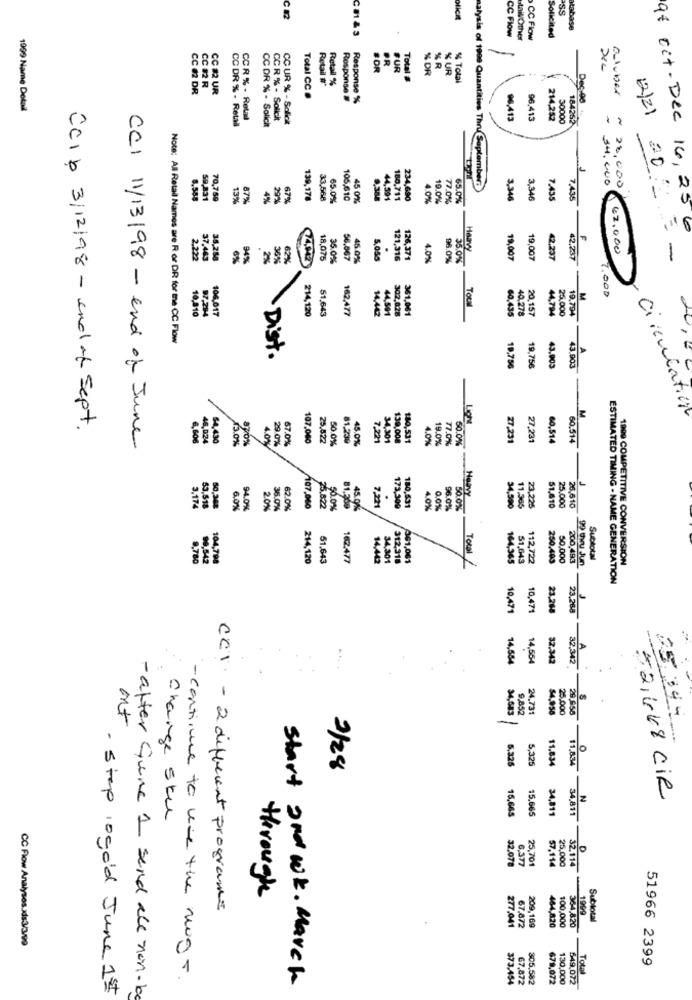
SS
:01 & 3
CC Flow
Solicite
atabase
taill Other
CC Flow
#OR
PR
FUR
% DR
SR
% UR
Total #
% Total
CC 82 DR
CC 12 R
CC #2 UR
Retail #
Retail %
Total CC .
Response #
Response %
ouluber
1999 Name Detail
CC DR % - Retail
CCR % - Retal
CC R % - Solicit
CC UR % - Solicit
96,413
96,413
214,282
30000
184262
12/21
CC DR % - Solicit
14.000
- 28,000
alysis of 1999 Quantities ThrSeptember.
8.58
59,831
70,759
13%
87%
4%
29%
67%
139,178
33,568
65.0%
105,610
45 0%
9.388
44,591
180,711
234,690
4.0%
77.0%
65.0%
3,346
3,346
7.435
7.435
20
af oct-Dec 16, 256
.
Haavy
62.000
2.222
37,443
38,258
6%
949
2%
36%
62%
74,942
18,075
35.0%
56.867
45.0%
5,055
121,316
126,371
4.0%
96.0%
19,007
19,007
42,237
42.237
=-
35.0%
2.00D
Tous
214,120
51.643
162,477
14,442
302,028
361.061
40.278
20.157
44,794
19.794
10010
104,017
44,591
60.435
25.000
Note: All Retail Names are R or DR for the CC Flow
A
. Dist.
19.756
19,756
43.903
43.903
circulation
Licht
M
CCIb 3/12/98 - end of Sept.
6.000
46,024
$4,430
13.0%
870%
29.0%
67.0%
107,080
25,522
50.0%
81.239
45.0%
7,221
34,301
139,008
180,531
4.0%
19.0%
77,0%
50.0%
27,231
27.231
60,514
60.514
CCI 11/13/98 - end of June
4.0%
--
Heavy
3.174
63,518
6.0%
94.0%
2.0%
36.0%
62.0%
1107,060
25.822
30.0%
81.360
45.00
7,221
173,300
180,531
4.0%
0.0%
96.0%
34,500
11,365
23,225
51.610
25.000
26.610
0,780
214,120
51.643
162.477
14,442
34,301
312,318
361,061
Total
164,365
51,643
112,722
250,493
50.000
200.493
99 thu Jun
Subtotal
1909 COMPETITIVE CONVERSION
ESTIMATED TIMING - NAME GENERATION
10,471
10,471
23,268
23.268
A
14.554
14,554
32.342
32.342
34,683
9,852
24,731
54.958
25.000
29.958
ont
25.345
5,32
5.325
11.834
2/28
11.834
Z
52,468 CiR
15,665
34.811
Change sku
15.665
34,811
32.078
25,701
57.114
25.000
6,377
32.114
therough
CCI - 2 different programe
209,169
464,820
100.000
1999
Subtotal
277.041
67.872
364.820
CC Flow Analyses.xls3/3/99
51966 2399
-continue to use the ming -
Total
Start 2nd wk. March
373.454
67,872
805,582
678,072
130.000
649,072
- Step ,ogold June 1st
- after Guine 1 send all non-la